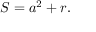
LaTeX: S = a ^ { 2 } + r .